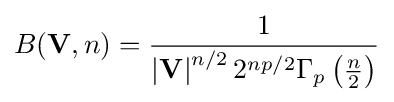
B(\mathbf {V} ,n)={\frac {1}{\left|\mathbf {V} \right|^{n/2}2^{np/2}\Gamma _{p}\left({\frac {n}{2}}\right)}}